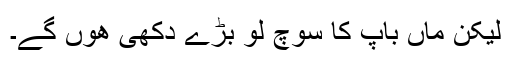
لیکن ماں باپ کا سوچ لو بڑے دکھی ھوں گے۔